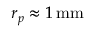
r _ { p } \approx 1 \, \mathrm { m m }